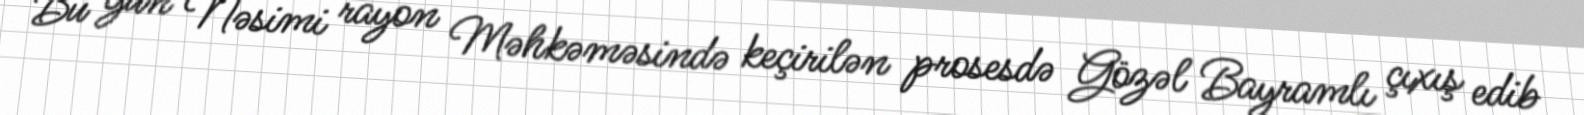
Bu gün Nəsimi rayon Məhkəməsində keçirilən prosesdə Gözəl Bayramlı çıxış edib